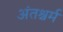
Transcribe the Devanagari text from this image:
अंतश्चर्म